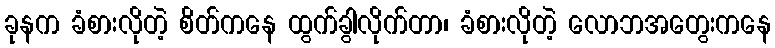
ခုနက ခံစားလိုတဲ့ စိတ်ကနေ ထွက်ခွါလိုက်တာ၊ ခံစားလိုတဲ့ လောဘအတွေးကနေ